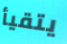
يتقيأ